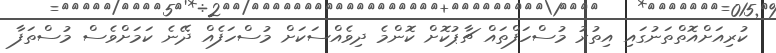
ކުރިއަށްއޮތްތަނުގައި އިތުރު މުސްހަފްތައް ޗާޕުކޮށް ކޮންމެ ދިވެއްސަކަށް މުސްހަފެއް ދޭނެ ކަމަށްވެސް މުސްތަފާ